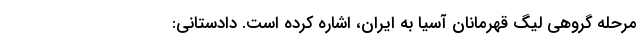
مرحله گروهی لیگ قهرمانان آسیا به ایران، اشاره کرده است. دادستانی: